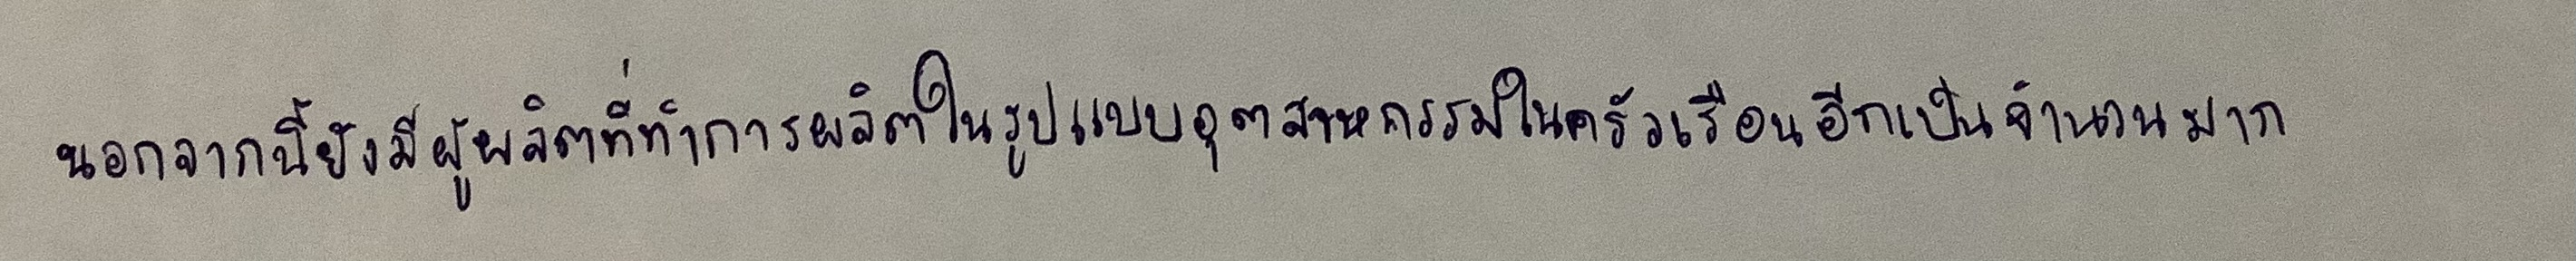
นอกจากนี้ยังมีผู้ผลิตที่ทำการผลิตในรูปอุตสาหกรรมในครัวเรือนอีกเป็นจำนวนมาก